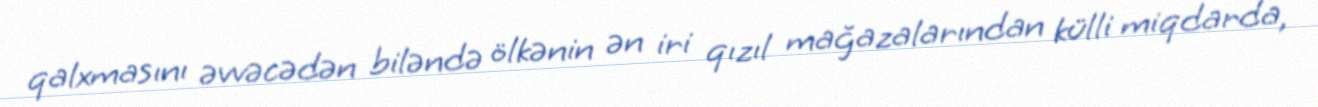
qalxmasını əvvəcədən biləndə ölkənin ən iri qızıl mağazalarından külli miqdarda,